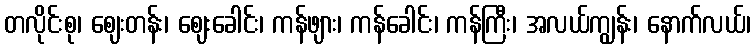
တလိုင်းစု၊ ဈေးတန်း၊ ဈေးခေါင်း၊ ကန်ဖျား၊ ကန်ခေါင်း၊ ကန်ကြီး၊ အလယ်ကျွန်း၊ နောက်လယ်၊